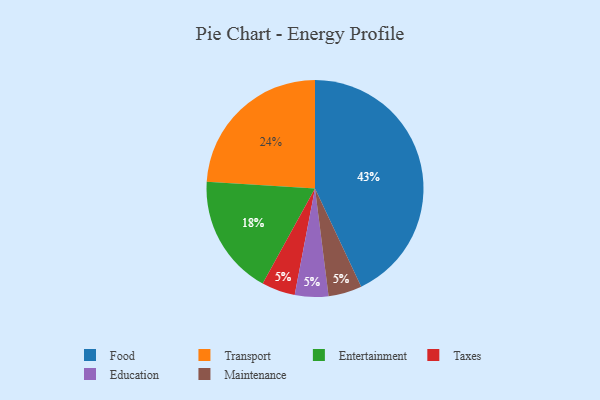
{"axis": {"x": "Category", "y": "Percentage"}, "legend": ["Education", "Entertainment", "Food", "Maintenance", "Taxes", "Transport"], "data": [{"x": "Food", "y": 43, "type": "Food"}, {"x": "Taxes", "y": 5, "type": "Taxes"}, {"x": "Education", "y": 5, "type": "Education"}, {"x": "Transport", "y": 24, "type": "Transport"}, {"x": "Maintenance", "y": 5, "type": "Maintenance"}, {"x": "Entertainment", "y": 18, "type": "Entertainment"}]}